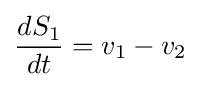
{\frac {dS_{1}}{dt}}=v_{1}-v_{2}